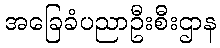
အခြေခံပညာဦးစီးဌာန